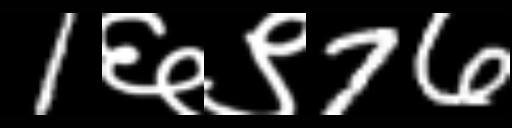
Text: 1६९76